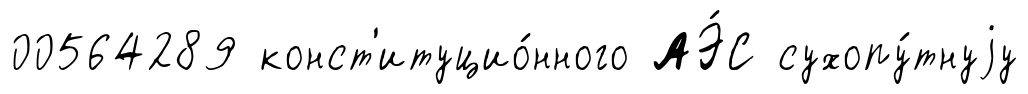
00564289 конст'итуцио́нного АЭ́С сухопу́тнуjу